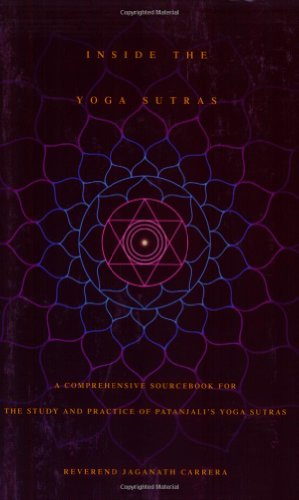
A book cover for Inside the Yoga Sutras: A Comprehensive Sourcebook for the Study & Practice of Patanjali's Yoga Sutras; Jaganath Carrera; Health, Fitness & Dieting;